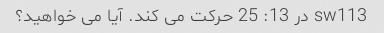
sw113 در 13: 25 حرکت می کند. آیا می خواهید؟